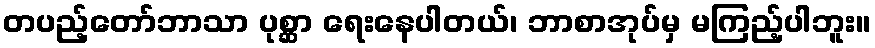
တပည့်တော်ဘာသာ ပုစ္ဆာ ရေးနေပါတယ်၊ ဘာစာအုပ်မှ မကြည့်ပါဘူး။